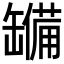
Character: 𮉹